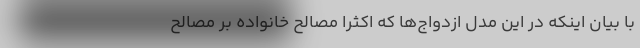
با بیان اینکه در این مدل ازدواج‌ها که اکثراً مصالح خانواده بر مصالح